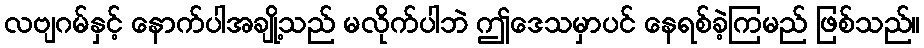
လဗျဂမ်နှင့် နောက်ပါအချို့သည် မလိုက်ပါဘဲ ဤဒေသမှာပင် နေရစ်ခဲ့ကြမည် ဖြစ်သည်။